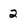
Character: 2